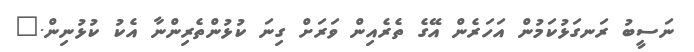
ނަސީބު ރަނގަޅުކަމުން އަހަރެން އޭގެ ތެރެއިން ވަރަށް ގިނަ ކުޅުންތެރިންނާ އެކު ކުޅުނިން."